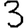
Digit: 3